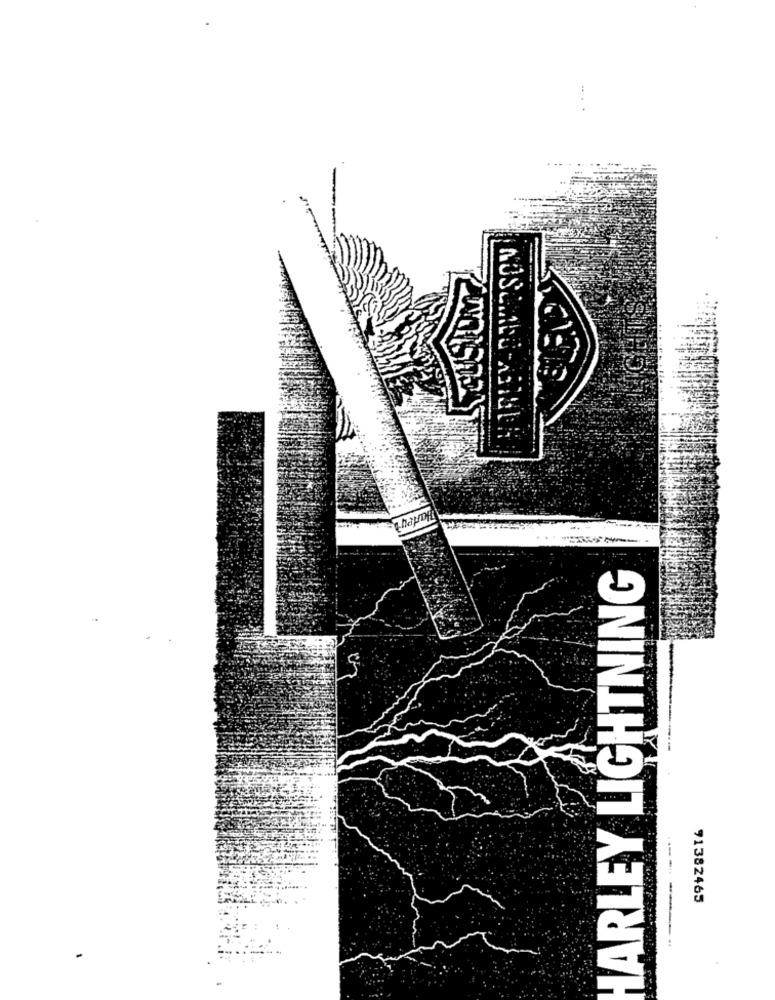
HARLEY LIGHTNING
91382465